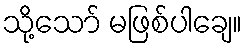
သို့သော် မဖြစ်ပါချေ။